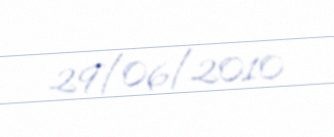
29/06/2010